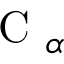
\mathrm { ~ C ~ } _ { \alpha }